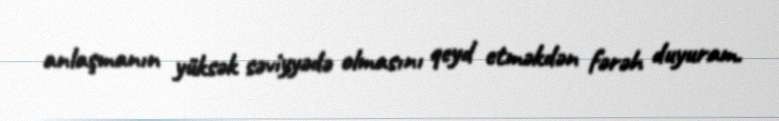
anlaşmanın yüksək səviyyədə olmasını qeyd etməkdən fərəh duyuram.